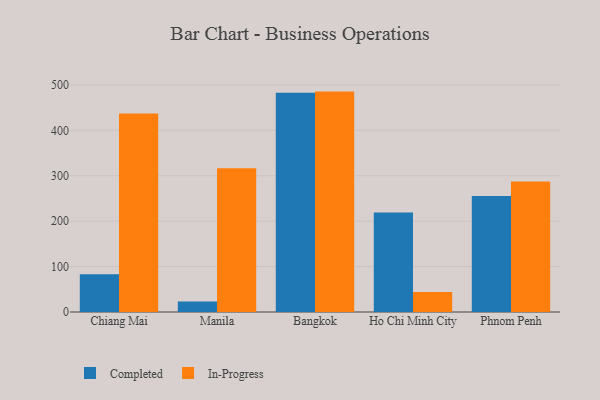
{"axis": {"x": "City", "y": "Churn Rate (%)"}, "legend": ["Completed", "In-Progress"], "data": [{"x": "Chiang Mai", "y": 83.2, "type": "Completed"}, {"x": "Chiang Mai", "y": 437.1, "type": "In-Progress"}, {"x": "Manila", "y": 23.3, "type": "Completed"}, {"x": "Manila", "y": 316.4, "type": "In-Progress"}, {"x": "Bangkok", "y": 482.4, "type": "Completed"}, {"x": "Bangkok", "y": 485.2, "type": "In-Progress"}, {"x": "Ho Chi Minh City", "y": 218.8, "type": "Completed"}, {"x": "Ho Chi Minh City", "y": 44.3, "type": "In-Progress"}, {"x": "Phnom Penh", "y": 255.2, "type": "Completed"}, {"x": "Phnom Penh", "y": 287.4, "type": "In-Progress"}]}